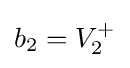
b_{2}=V_{2}^{+}